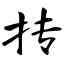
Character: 抟